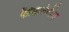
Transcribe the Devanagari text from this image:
फैसिलिटीज़